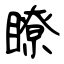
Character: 瞭